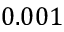
0 . 0 0 1